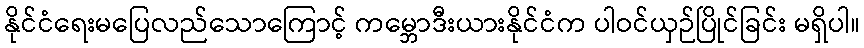
နိုင်ငံရေးမပြေလည်သောကြောင့် ကမ္ဘောဒီးယားနိုင်ငံက ပါဝင်ယှဉ်ပြိုင်ခြင်း မရှိပါ။